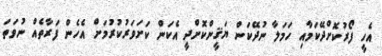
އެހީ ފޯރުކޮށްދޭކަމާއި ހަމަލާ ނުދޭކަން ޔަޤީންކޮށްދީ އެކަން ކަށަވަރުކުރުމަށް އެހެން ފަރާތެއް ނުވަތަ